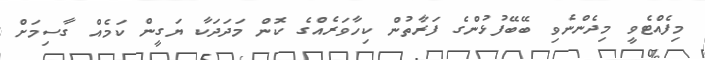
މިފެއްޓެވީ މިދެންނެވި ބޭބޭފުޅުންގެ ފަރާތުން ކިހާވަރެއްގެ ކޮން މަދަދަކާ ޔަގީން ކަމެއް ގާސިމަށް